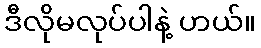
ဒီလိုမလုပ်ပါနဲ့ ဟယ်။